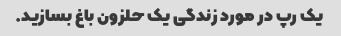
یک رپ در مورد زندگی یک حلزون باغ بسازید.